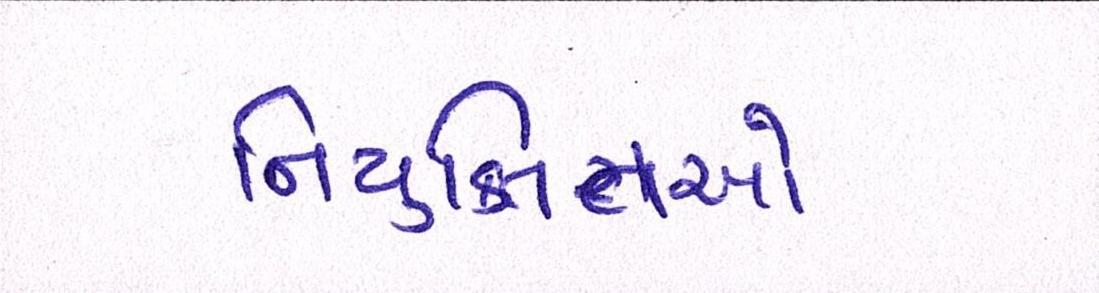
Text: નિયુક્તિઓ